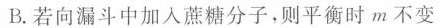
B.若向漏斗中加入蔗糖分子，则平衡时m不变